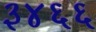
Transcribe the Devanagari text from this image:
३४६६